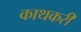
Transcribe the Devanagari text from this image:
काथकरी